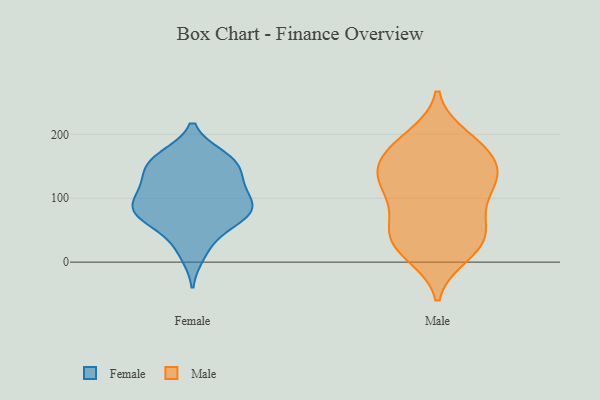
{"axis": {"x": "Operating Costs (USD K)", "y": "Value"}, "legend": ["Female", "Male"], "data": [{"x": "", "y": 80, "type": "Female"}, {"x": "", "y": 111, "type": "Female"}, {"x": "", "y": 81, "type": "Female"}, {"x": "", "y": 134, "type": "Female"}, {"x": "", "y": 64, "type": "Female"}, {"x": "", "y": 162, "type": "Female"}, {"x": "", "y": 84, "type": "Female"}, {"x": "", "y": 12, "type": "Female"}, {"x": "", "y": 165, "type": "Female"}, {"x": "", "y": 149, "type": "Female"}, {"x": "", "y": 69, "type": "Female"}, {"x": "", "y": 131, "type": "Female"}, {"x": "", "y": 95, "type": "Female"}, {"x": "", "y": 158, "type": "Female"}, {"x": "", "y": 102, "type": "Female"}, {"x": "", "y": 29, "type": "Female"}, {"x": "", "y": 67, "type": "Female"}, {"x": "", "y": 79, "type": "Female"}, {"x": "", "y": 120, "type": "Female"}, {"x": "", "y": 162, "type": "Female"}, {"x": "", "y": 138, "type": "Male"}, {"x": "", "y": 40, "type": "Male"}, {"x": "", "y": 25, "type": "Male"}, {"x": "", "y": 130, "type": "Male"}, {"x": "", "y": 66, "type": "Male"}, {"x": "", "y": 186, "type": "Male"}, {"x": "", "y": 29, "type": "Male"}, {"x": "", "y": 115, "type": "Male"}, {"x": "", "y": 196, "type": "Male"}, {"x": "", "y": 154, "type": "Male"}, {"x": "", "y": 11, "type": "Male"}, {"x": "", "y": 183, "type": "Male"}, {"x": "", "y": 158, "type": "Male"}, {"x": "", "y": 172, "type": "Male"}, {"x": "", "y": 104, "type": "Male"}, {"x": "", "y": 58, "type": "Male"}, {"x": "", "y": 128, "type": "Male"}, {"x": "", "y": 126, "type": "Male"}, {"x": "", "y": 69, "type": "Male"}, {"x": "", "y": 22, "type": "Male"}]}